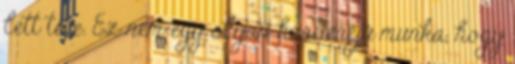
lett téve. Ez nem egy olyan horderejű munka, hogy